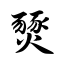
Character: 燹